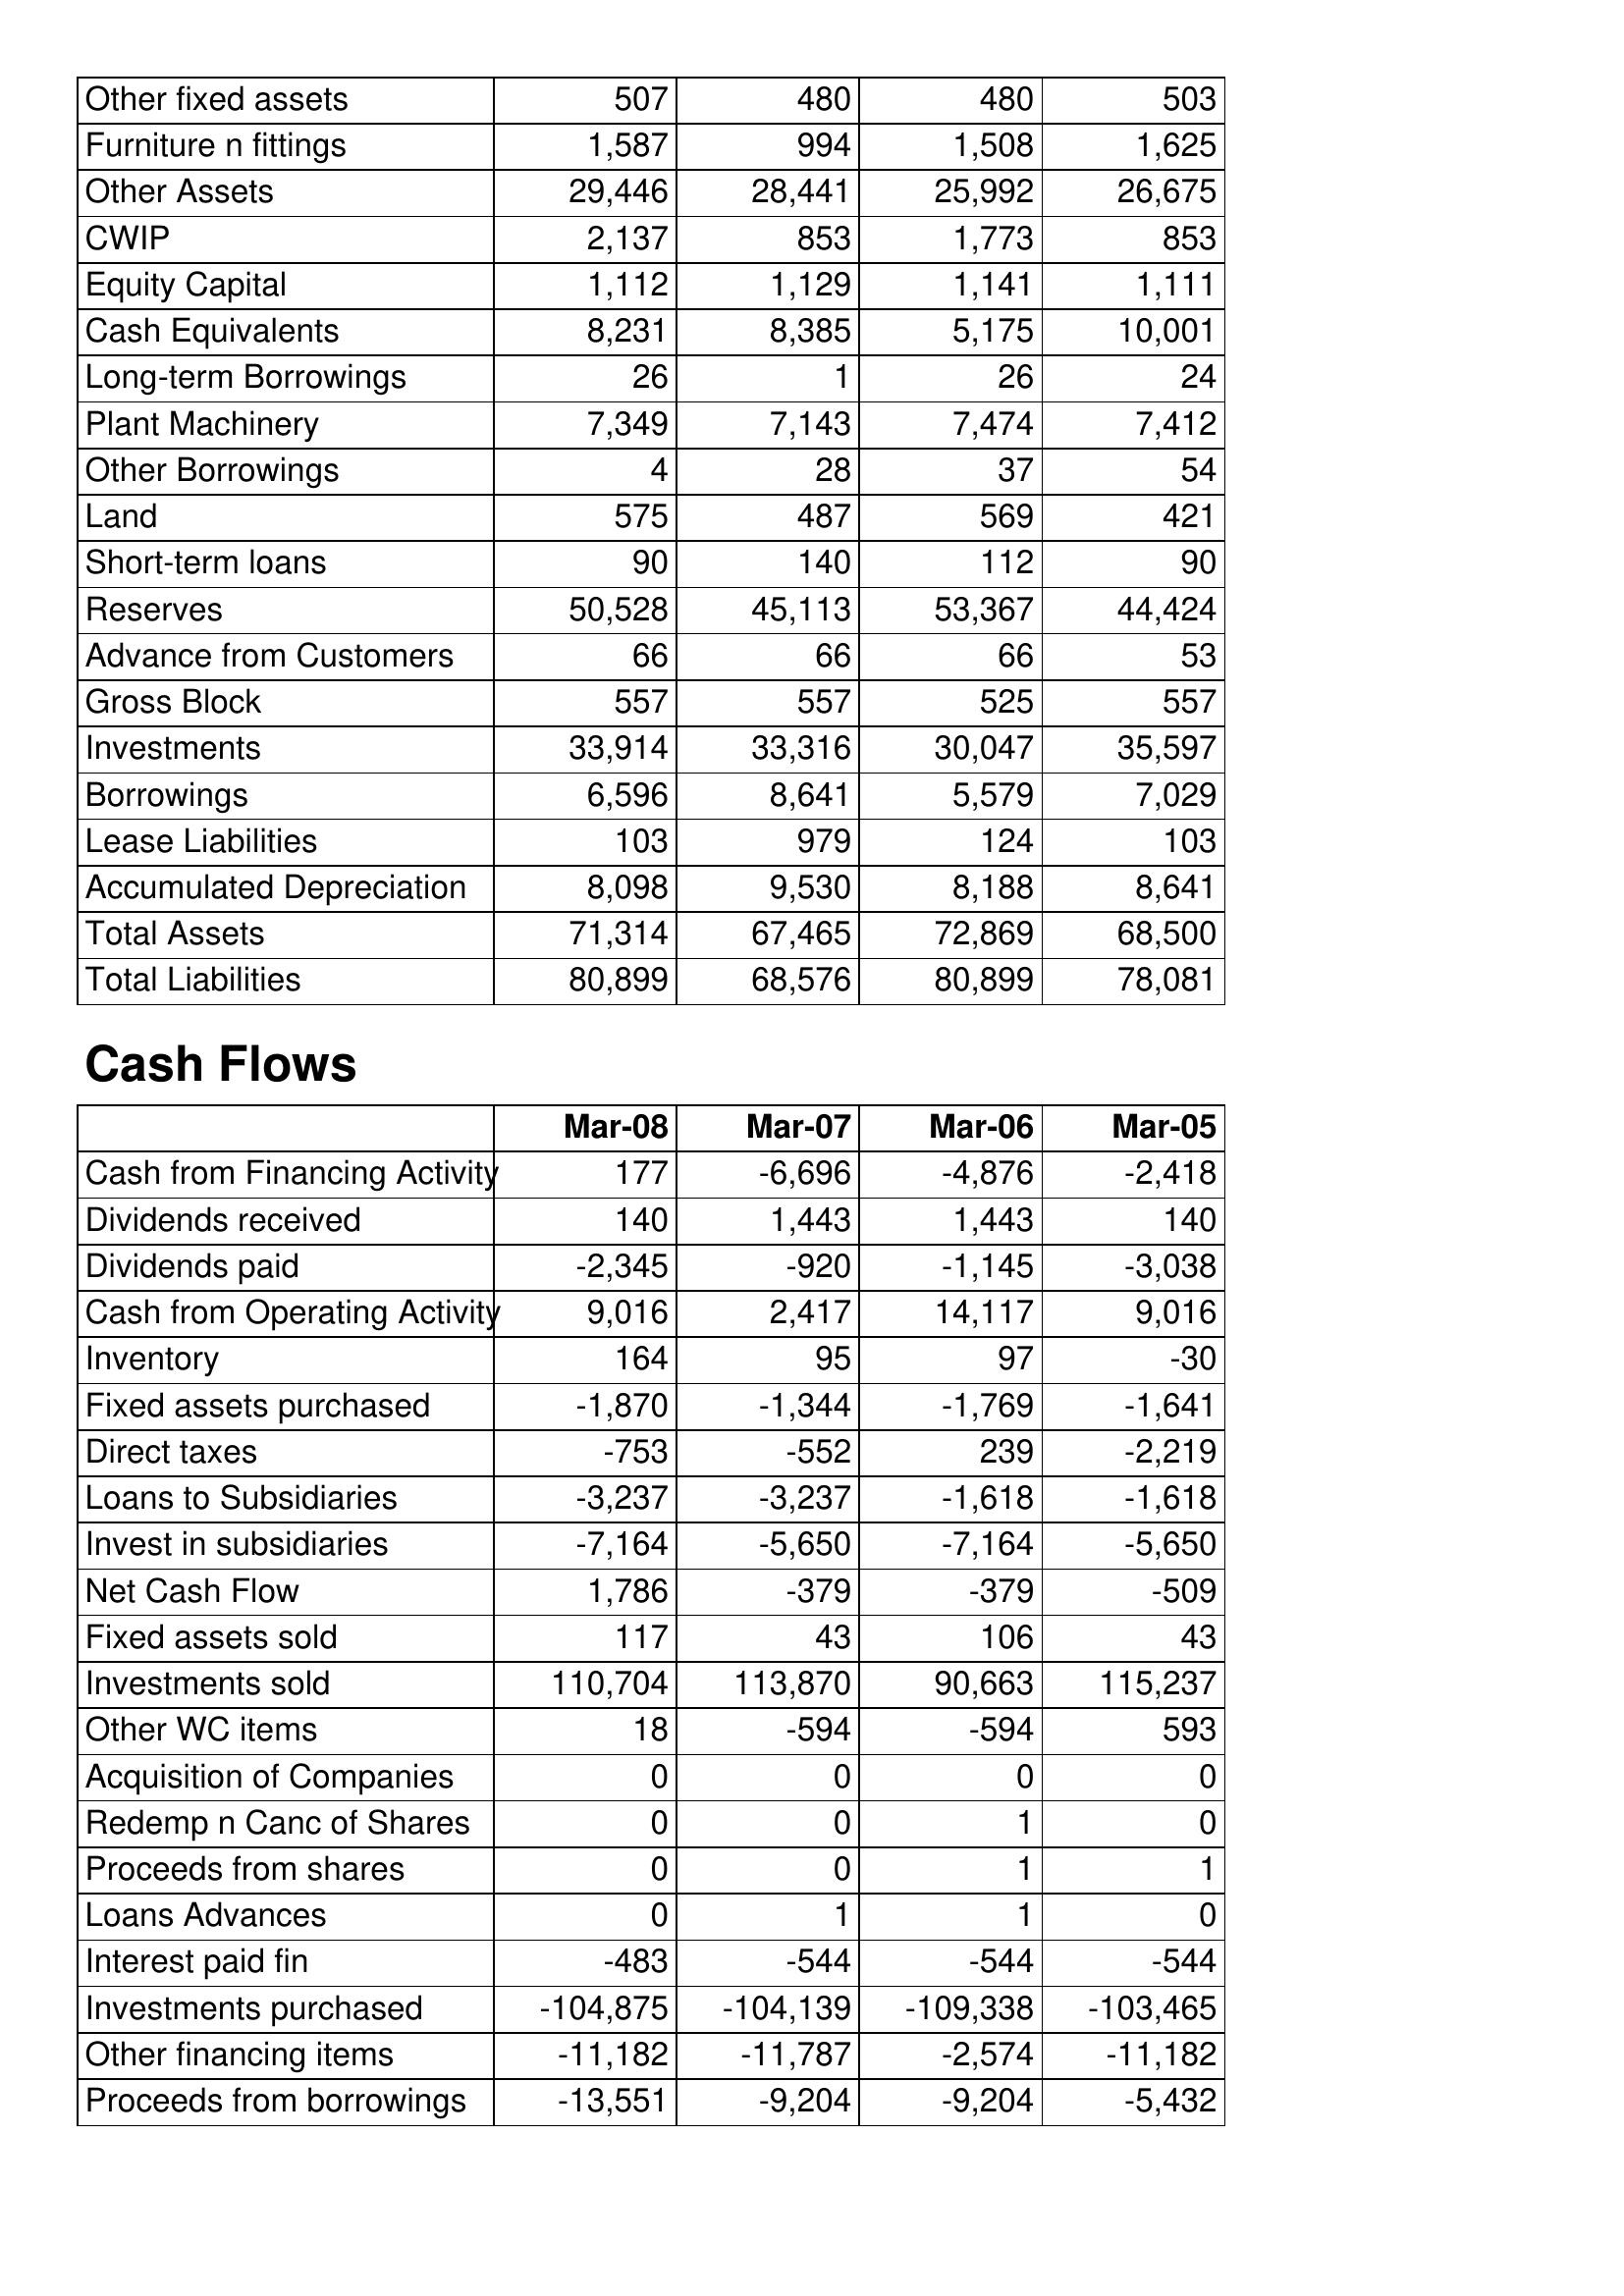
Mar-08: Balance Sheet: Other fixed assets: 507
Furniture n fittings: 1,587
Other Assets: 29,446
CWIP: 2,137
Equity Capital: 1,112
Cash Equivalents: 8,231
Long-term Borrowings: 26
Plant Machinery: 7,349
Other Borrowings: 4
Land: 575
Short-term loans: 90
Reserves: 50,528
Advance from Customers: 66
Gross Block: 557
Investments: 33,914
Borrowings: 6,596
Lease Liabilities: 103
Accumulated Depreciation: 8,098
Total Assets: 71,314
Total Liabilities: 80,899
Cash Flows: Cash from Financing Activity: 177
Dividends received: 140
Dividends paid: -2,345
Cash from Operating Activity: 9,016
Inventory: 164
Fixed assets purchased: -1,870
Direct taxes: -753
Loans to Subsidiaries: -3,237
Invest in subsidiaries: -7,164
Net Cash Flow: 1,786
Fixed assets sold: 117
Investments sold: 110,704
Other WC items: 18
Acquisition of Companies: 0
Redemp n Canc of Shares: 0
Proceeds from shares: 0
Loans Advances: 0
Interest paid fin: -483
Investments purchased: -104,875
Other financing items: -11,182
Proceeds from borrowings: -13,551
Mar-07: Balance Sheet: Other fixed assets: 480
Furniture n fittings: 994
Other Assets: 28,441
CWIP: 853
Equity Capital: 1,129
Cash Equivalents: 8,385
Long-term Borrowings: 1
Plant Machinery: 7,143
Other Borrowings: 28
Land: 487
Short-term loans: 140
Reserves: 45,113
Advance from Customers: 66
Gross Block: 557
Investments: 33,316
Borrowings: 8,641
Lease Liabilities: 979
Accumulated Depreciation: 9,530
Total Assets: 67,465
Total Liabilities: 68,576
Cash Flows: Cash from Financing Activity: -6,696
Dividends received: 1,443
Dividends paid: -920
Cash from Operating Activity: 2,417
Inventory: 95
Fixed assets purchased: -1,344
Direct taxes: -552
Loans to Subsidiaries: -3,237
Invest in subsidiaries: -5,650
Net Cash Flow: -379
Fixed assets sold: 43
Investments sold: 113,870
Other WC items: -594
Acquisition of Companies: 0
Redemp n Canc of Shares: 0
Proceeds from shares: 0
Loans Advances: 1
Interest paid fin: -544
Investments purchased: -104,139
Other financing items: -11,787
Proceeds from borrowings: -9,204
Mar-06: Balance Sheet: Other fixed assets: 480
Furniture n fittings: 1,508
Other Assets: 25,992
CWIP: 1,773
Equity Capital: 1,141
Cash Equivalents: 5,175
Long-term Borrowings: 26
Plant Machinery: 7,474
Other Borrowings: 37
Land: 569
Short-term loans: 112
Reserves: 53,367
Advance from Customers: 66
Gross Block: 525
Investments: 30,047
Borrowings: 5,579
Lease Liabilities: 124
Accumulated Depreciation: 8,188
Total Assets: 72,869
Total Liabilities: 80,899
Cash Flows: Cash from Financing Activity: -4,876
Dividends received: 1,443
Dividends paid: -1,145
Cash from Operating Activity: 14,117
Inventory: 97
Fixed assets purchased: -1,769
Direct taxes: 239
Loans to Subsidiaries: -1,618
Invest in subsidiaries: -7,164
Net Cash Flow: -379
Fixed assets sold: 106
Investments sold: 90,663
Other WC items: -594
Acquisition of Companies: 0
Redemp n Canc of Shares: 1
Proceeds from shares: 1
Loans Advances: 1
Interest paid fin: -544
Investments purchased: -109,338
Other financing items: -2,574
Proceeds from borrowings: -9,204
Mar-05: Balance Sheet: Other fixed assets: 503
Furniture n fittings: 1,625
Other Assets: 26,675
CWIP: 853
Equity Capital: 1,111
Cash Equivalents: 10,001
Long-term Borrowings: 24
Plant Machinery: 7,412
Other Borrowings: 54
Land: 421
Short-term loans: 90
Reserves: 44,424
Advance from Customers: 53
Gross Block: 557
Investments: 35,597
Borrowings: 7,029
Lease Liabilities: 103
Accumulated Depreciation: 8,641
Total Assets: 68,500
Total Liabilities: 78,081
Cash Flows: Cash from Financing Activity: -2,418
Dividends received: 140
Dividends paid: -3,038
Cash from Operating Activity: 9,016
Inventory: -30
Fixed assets purchased: -1,641
Direct taxes: -2,219
Loans to Subsidiaries: -1,618
Invest in subsidiaries: -5,650
Net Cash Flow: -509
Fixed assets sold: 43
Investments sold: 115,237
Other WC items: 593
Acquisition of Companies: 0
Redemp n Canc of Shares: 0
Proceeds from shares: 1
Loans Advances: 0
Interest paid fin: -544
Investments purchased: -103,465
Other financing items: -11,182
Proceeds from borrowings: -5,432